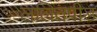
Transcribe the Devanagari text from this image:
ललितपीड